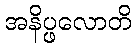
အနိပ္ဖလောတိ